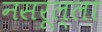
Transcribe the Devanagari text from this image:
नसरूल्ला